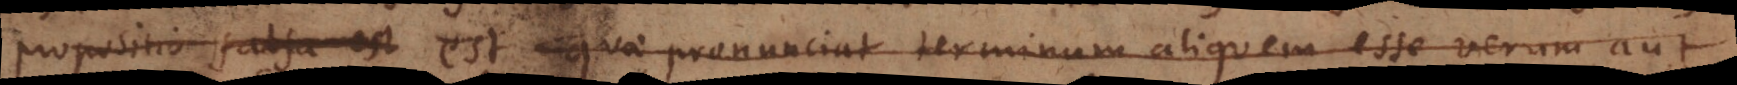
Propositio falsa est est quae pronunciat terminum aliquem esse verum aut